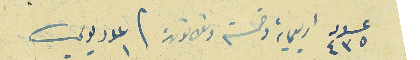
عدد ٤٣٥ اربعماية وخمسة وثلاثون / عدد١ يومي